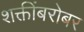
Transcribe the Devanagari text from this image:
शक्तींबरोबर